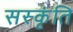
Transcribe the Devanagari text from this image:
सस्कृंति